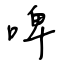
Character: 啤